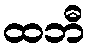
ထဘီ